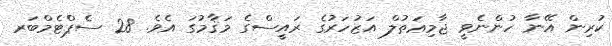
ކުރިން އޭނާ ހުންނެވީ ޖާމިޢަތުލް އަޒުހަރުގެ ރައީސްގެ މަޤާމުގަ އެވެ. 28 ސެޕްޓެމްބަރ